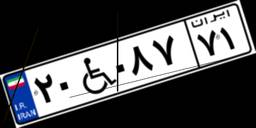
۲۰W۰۸۷۷۱